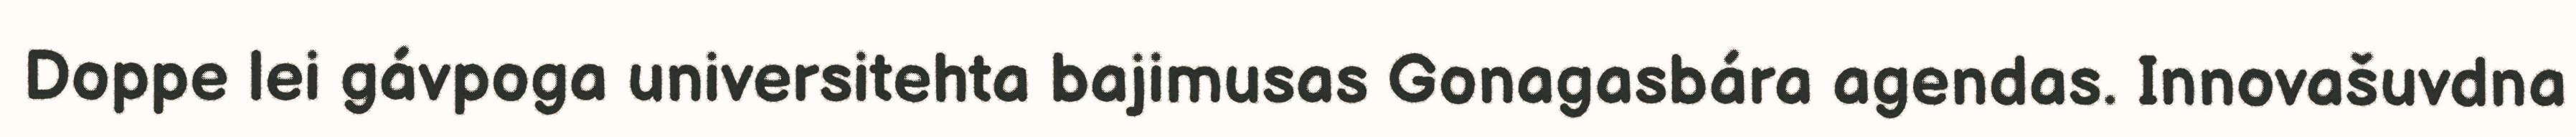
Doppe lei gávpoga universitehta bajimusas Gonagasbára agendas. Innovašuvdna